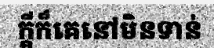
ក្តីក៏គេនៅមិនទាន់